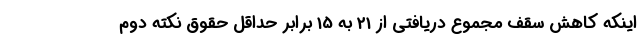
اینکه کاهش سقف مجموع دریافتی از 21 به 15 برابر حداقل حقوق نکته دوم